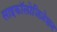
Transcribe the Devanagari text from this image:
साइकॉलोजिज़ेशन